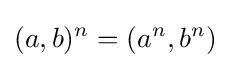
(a,b)^{n}=(a^{n},b^{n})